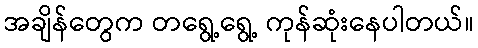
အချိန်တွေက တရွေ့ရွေ့ ကုန်ဆုံးနေပါတယ်။